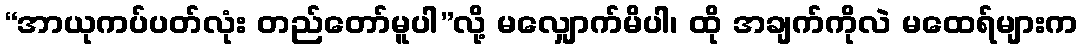
“အာယုကပ်ပတ်လုံး တည်တော်မူပါ”လို့ မလျှောက်မိပါ၊ ထို အချက်ကိုလဲ မထေရ်များက